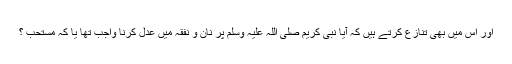
اور اس ميں بھى تنازع كرتے ہيں كہ آيا نبى كريم صلى اللہ عليہ وسلم پر نان و نفقہ ميں عدل كرنا واجب تھا يا كہ مستحب ؟